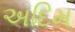
અદિમ